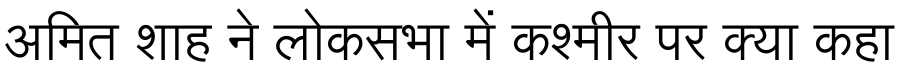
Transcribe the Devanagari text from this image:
अमित शाह ने लोकसभा में कश्मीर पर क्या कहा